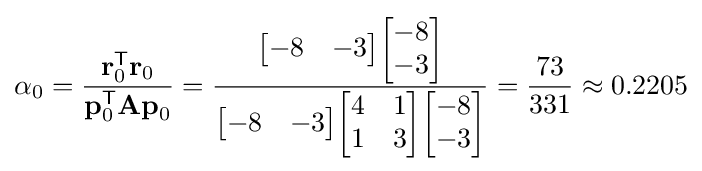
\alpha _{0}={\frac {\mathbf {r} _{0}^{\mathsf {T}}\mathbf {r} _{0}}{\mathbf {p} _{0}^{\mathsf {T}}\mathbf {Ap} _{0}}}={\frac {{\begin{bmatrix}-8&-3\end{bmatrix}}{\begin{bmatrix}-8\\-3\end{bmatrix}}}{{\begin{bmatrix}-8&-3\end{bmatrix}}{\begin{bmatrix}4&1\\1&3\end{bmatrix}}{\begin{bmatrix}-8\\-3\end{bmatrix}}}}={\frac {73}{331}}\approx 0.2205